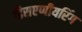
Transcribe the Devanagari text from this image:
डिसएप्पीयरिंग